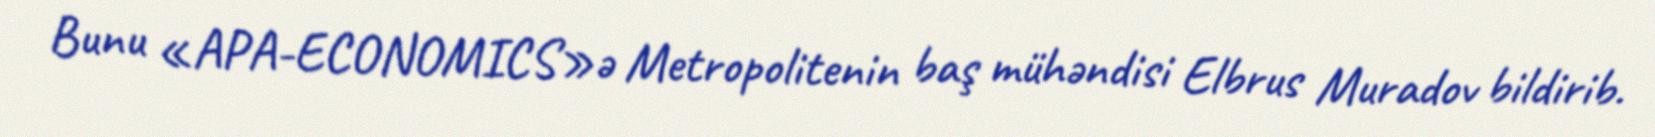
Bunu «APA-ECONOMICS»ə Metropolitenin baş mühəndisi Elbrus Muradov bildirib.